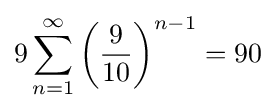
9\sum _{n=1}^{\infty }\left({\frac {9}{10}}\right)^{n-1}=90